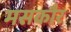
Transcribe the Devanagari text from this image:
मसकौर